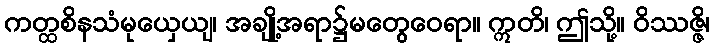
ကတ္ထစိနသံမုယှေယျ၊ အချို့အရာ၌မတွေဝေရာ။ ဣတိ၊ ဤသို့။ ဝိဿဇ္ဇိ၊